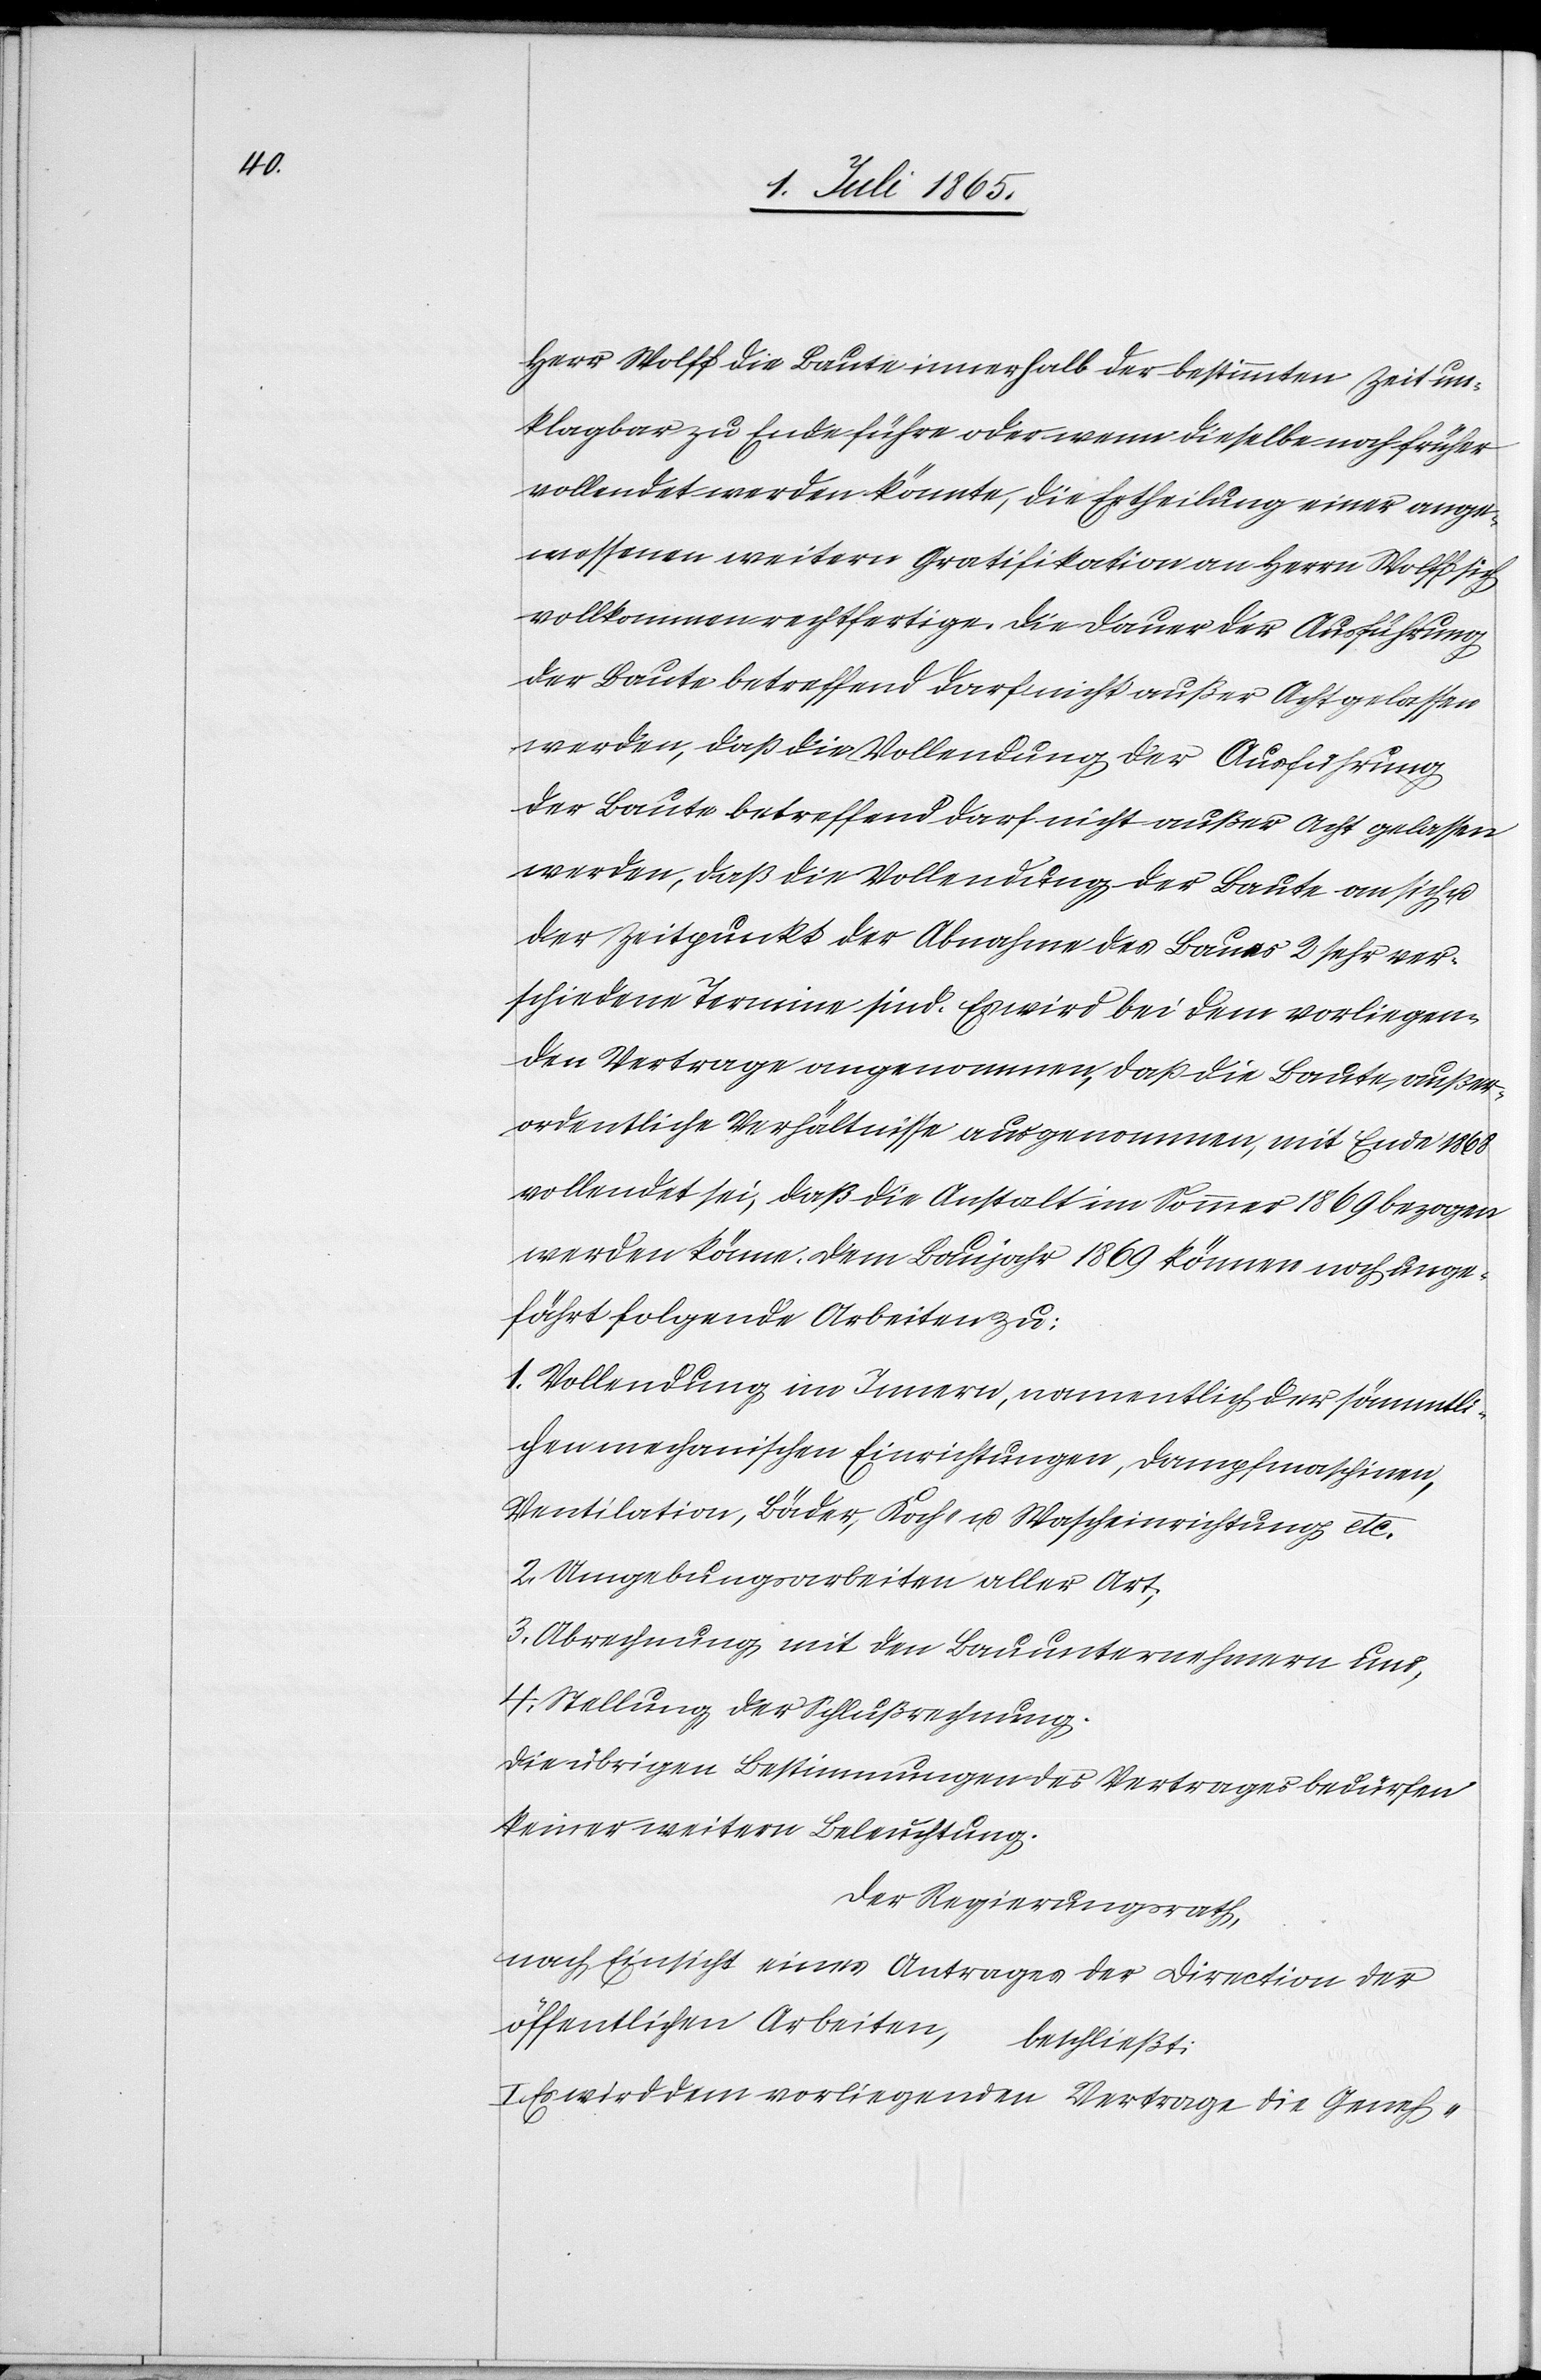
Herr Wolff die Baute innerhalb der bestimmten Zeit un¬
klagbar zu Ende führe oder wenn dieselbe noch früher
vollendet werden könnte, die Ertheilung einer ange¬
messenen weitern Gratifikation an Herrn Wolff sich
vollkommen rechtfertige. Die Dauer der Ausführung
der Baute betreffend darf nicht außer Acht gelassen
werden, daß die Vollendung der Baute an sich u.
der Zeitpunkt der Abnahme des Baues 2 sehr ver¬
schiedene Termine sind. Es wird bei dem vorliegen¬
den Vertrage angenommen, daß die Baute, außer¬
ordentliche Verhältnisse ausgenommen, mit Ende 1868
vollendet sei, daß die Anstalt im Sommer 1869 bezogen
werden könne. Dem Baujahr 1869 können noch unge¬
fährt folgende Arbeiten zu:
1. Vollendung im Innern, namentlich der sämmlti¬
chen mechanischen Einrichtungen, Dampfmaschinen,
Ventilation, Bäder, Koch- u. Wascheinrichtung etc.
2. Umgebungsarbeiten aller Art;
3. Abrechnung mit den Bauunternehmern und,
4. Stellung der Schlußrechnung.
Die übrigen Bestimmungen des Vertrages bedürfen
keiner weitern Beleuchtung.
Der Regierungsrath,
nach Einsicht eines Antrages der Direction der
öffentlichen Arbeiten,
beschließt:
I. Es wird dem vorliegenden Vertrage die Geneh-